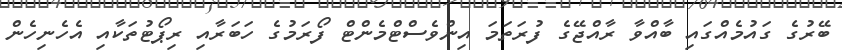
ބޭރުގެ ގައުމެއްގައި ބާއްވާ ރާއްޖޭގެ ފުރަތަމަ އިންވެސްޓްމެންޓް ފޯރަމުގެ ހަބަރާއި ރިޕޯޓުތަކާއި އެހެނިހެން